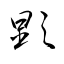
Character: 顕